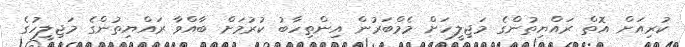
ކުރިއަށް އޮތް ރައްޔިތުންގެ މަޖިލީހަށް މެމްބަރުން އިންތިހާބު ކުރުމަށް ބާއްވާ ރައްޔިތުންގެ މަޖިލީހުގެ